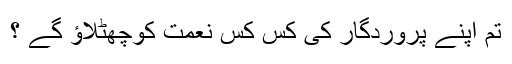
تم اپنے پروردگار کی کِس کِس نعمت کوچھٹلاؤ گے ؟